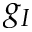
g _ { I }